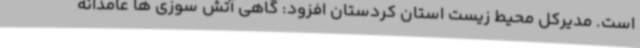
است. مدیرکل محیط زیست استان کردستان افزود: گاهی آتش سوزی ها عامدانه